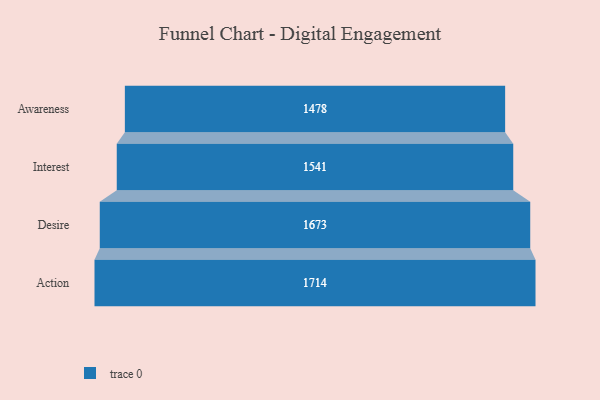
{"axis": {"x": "Stage", "y": "Value"}, "legend": [""], "data": [{"x": "Awareness", "y": 1478.0, "type": ""}, {"x": "Interest", "y": 1541.0, "type": ""}, {"x": "Desire", "y": 1673.0, "type": ""}, {"x": "Action", "y": 1714.0, "type": ""}]}